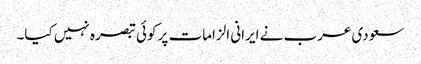
سعودی عرب نے ایرانی الزامات پر کوئی تبصرہ نہیں کیا۔